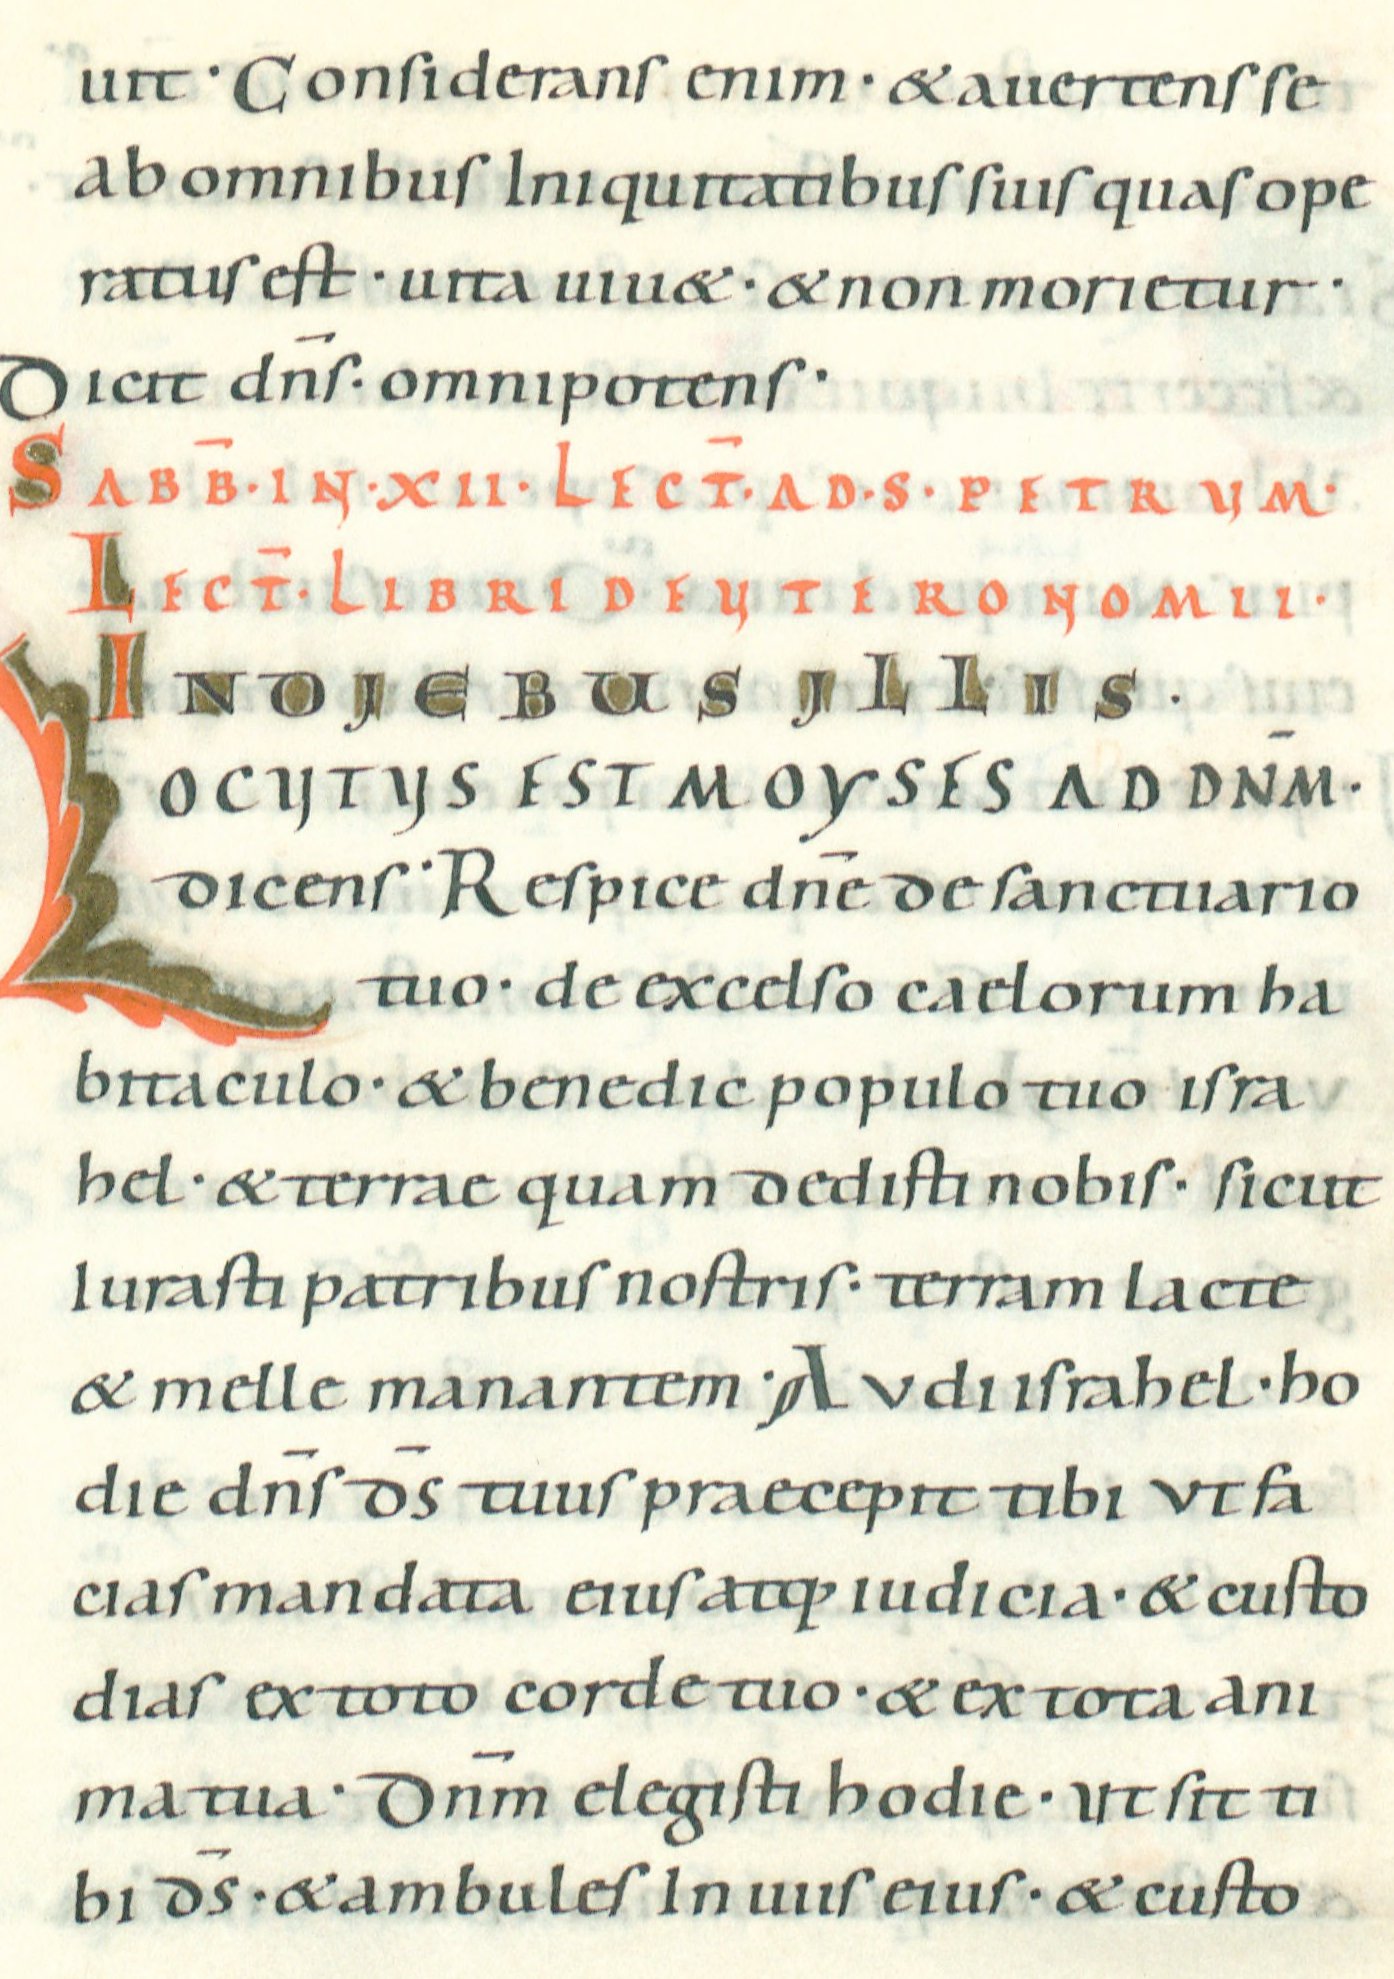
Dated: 1022–1036